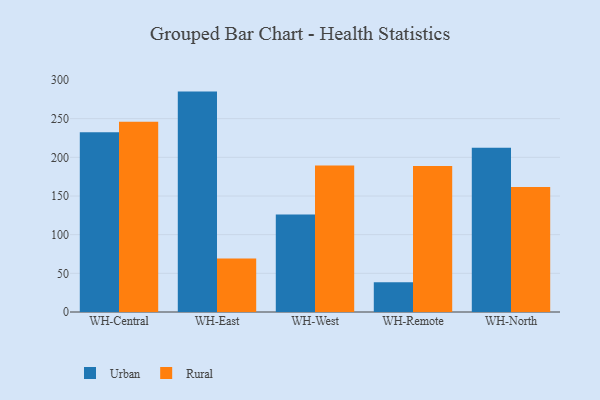
{"axis": {"x": "Warehouse", "y": "Revenue (USD Million)"}, "legend": ["Rural", "Urban"], "data": [{"x": "WH-Central", "y": 232.3, "type": "Urban"}, {"x": "WH-Central", "y": 246.0, "type": "Rural"}, {"x": "WH-East", "y": 285.0, "type": "Urban"}, {"x": "WH-East", "y": 69.1, "type": "Rural"}, {"x": "WH-West", "y": 126.2, "type": "Urban"}, {"x": "WH-West", "y": 189.3, "type": "Rural"}, {"x": "WH-Remote", "y": 38.5, "type": "Urban"}, {"x": "WH-Remote", "y": 188.8, "type": "Rural"}, {"x": "WH-North", "y": 212.4, "type": "Urban"}, {"x": "WH-North", "y": 161.7, "type": "Rural"}]}